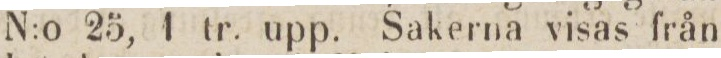
N:o 25, 1 tr. upp. Sakerna visas från